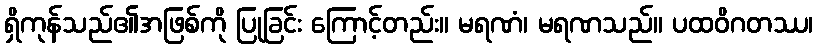
ရှိကုန်သည်၏အဖြစ်ကို ပြုခြင်း ကြောင့်တည်း။ မရဏံ၊ မရဏသည်။ ပထဝိဂတဿ၊